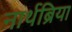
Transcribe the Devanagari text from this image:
नार्थब्रिया